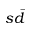
s \bar { d }